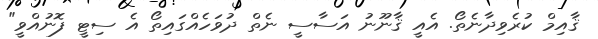
ޤާއިމް ކުރެވިދާނެތޯ. އެއީ ޤާނޫނު އަސާސީ ނެތް ދުވަހެއްގައިތޯ އެ ސިޓީ ފޮނުއްވީ"